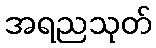
အရညသုတ်